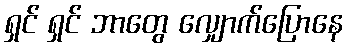
ရှင် ရှင် ဘာတွေ လျှောက်ပြောနေ